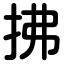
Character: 拂